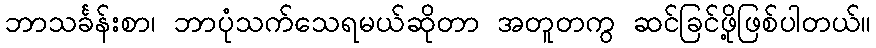
ဘာသင်္ခန်းစာ၊ ဘာပုံသက်သေရမယ်ဆိုတာ အတူတကွ ဆင်ခြင်ဖို့ဖြစ်ပါတယ်။